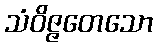
သံဝိဇ္ဇတေသော